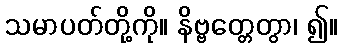
သမာပတ်တို့ကို။ နိဗ္ဗတ္တေတွာ၊ ၍။